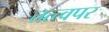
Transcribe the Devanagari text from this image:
तत्त्वपर